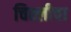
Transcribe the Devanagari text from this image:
चिह्लीचा